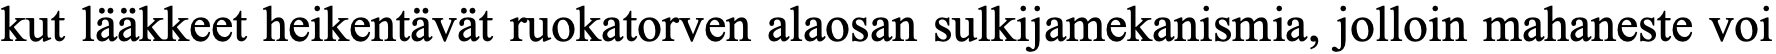
kut lääkkeet heikentävät ruokatorven alaosan sulkijamekanismia, jolloin mahaneste voi